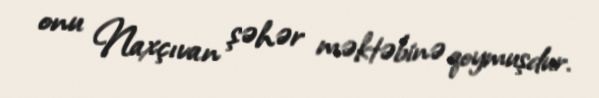
onu Naxçıvan şəhər məktəbinə qoymuşdur.